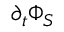
\partial _ { t } \Phi _ { S }